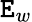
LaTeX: \mathtt{E}_{w}